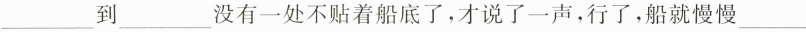
___到___没有一处不贴着船底了，才说了一声，行了，船就慢慢___